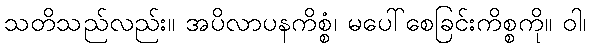
သတိသည်လည်း။ အပိလာပနကိစ္စံ၊ မပေါ်စေခြင်းကိစ္စကို။ ဝါ၊